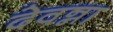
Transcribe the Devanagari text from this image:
देवन्ना